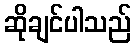
ဆိုချင်ပါသည်